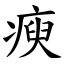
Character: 瘐